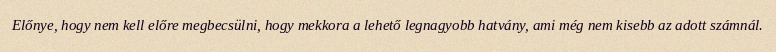
Előnye, hogy nem kell előre megbecsülni, hogy mekkora a lehető legnagyobb hatvány, ami még nem kisebb az adott számnál.